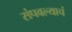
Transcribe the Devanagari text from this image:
संपवल्याचं